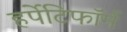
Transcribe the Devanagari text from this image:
हर्पेटिफॉर्म